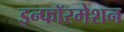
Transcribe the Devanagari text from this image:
इन्फॉरमेशन